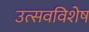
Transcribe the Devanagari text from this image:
उत्सवविशेष